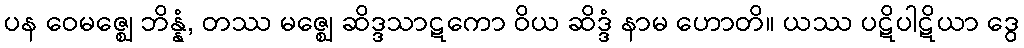
ပန ဝေမဇ္ဈေ ဘိန္နံ, တဿ မဇ္ဈေ ဆိဒ္ဒသာဋကော ဝိယ ဆိဒ္ဒံ နာမ ဟောတိ။ ယဿ ပဋိပါဋိယာ ဒွေ